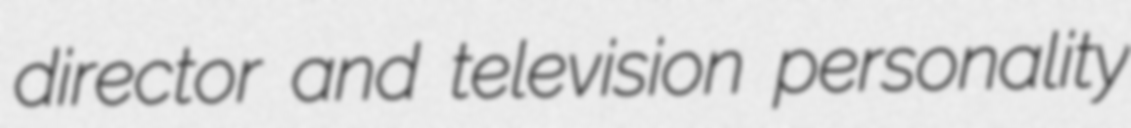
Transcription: director and television personality